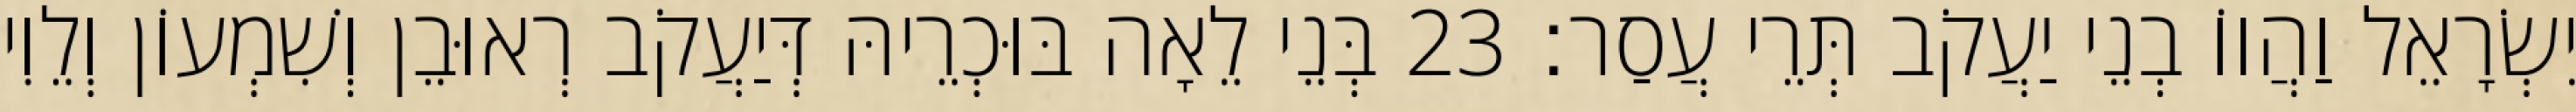
יִשְׂרָאֵל וַהֲווֹ בְנֵי יַעֲקֹב תְּרֵי עֲסַר׃ 23 בְּנֵי לֵאָה בּוּכְרֵיהּ דְּיַעֲקֹב רְאוּבֵן וְשִׁמְעוֹן וְלֵוִי